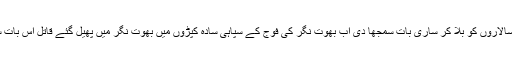
راجہ نے سپہ سالاروں کو بلا کر ساری بات سمجھا دی اب بھوت نگر کی فوج کے سپاہی سادہ کپڑوں میں بھوت نگر میں پھیل گئے قاتل اس بات سے لا علم تھا۔